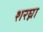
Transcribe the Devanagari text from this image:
शरघ्ना